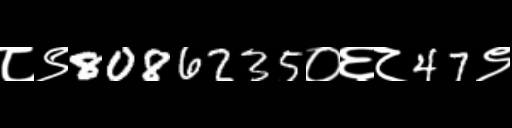
Text: ८९8086235०६८47९